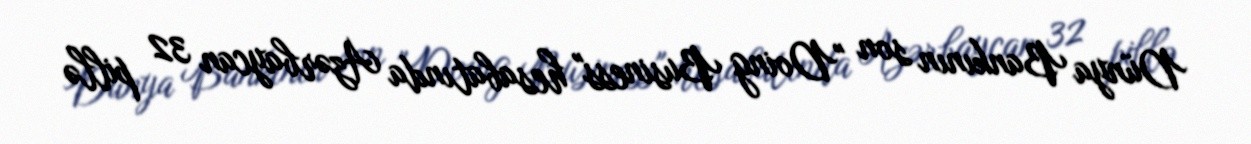
Dünya Bankının son "Doing Business" hesabatında Azərbaycan 32 pillə